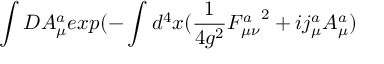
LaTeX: \int D A _ { \mu } ^ { a } e x p { ( - \int d ^ { 4 } x ( { \frac { 1 } { 4 g ^ { 2 } } } { F _ { \mu \nu } ^ { a } } ^ { 2 } + i j _ { \mu } ^ { a } A _ { \mu } ^ { a } ) }